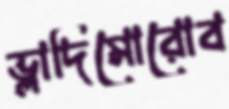
ভ্লাদিমোরোব